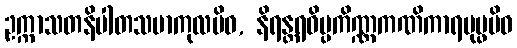
ဥက္ကာသတနိပါတသမာကုလမိဝ, နိရန္တရဝိပ္ပကိဏ္ဏကဏိကာရပုပ္ဖမိဝ